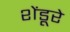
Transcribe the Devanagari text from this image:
शेंडूरे